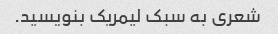
شعری به سبک لیمریک بنویسید.